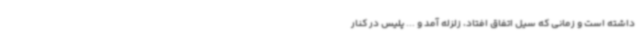
داشته است و زمانی که سیل اتفاق افتاد، زلزله آمد و ... پلیس در کنار